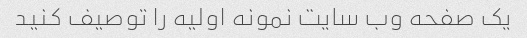
یک صفحه وب سایت نمونه اولیه را توصیف کنید